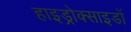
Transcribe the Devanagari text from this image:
हाइड्रोक्साइडों